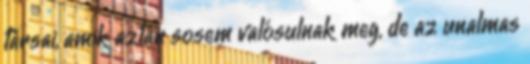
társai, amik aztán sosem valósulnak meg, de az unalmas